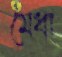
মেধা